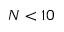
N < 1 0